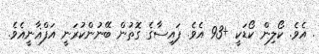
. އެވެ. ކޯލިން ކޯޑަކީ +93 އެވެ. ފައިސާގެ ގޮތުން ބޭނުންކުރަނީ އަފްޣާނީއެވެ.